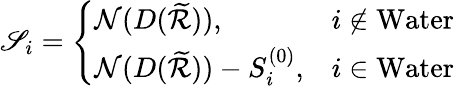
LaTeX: \mathscr{S}_{i}=\left\{ \begin{array}{ll}{\mathcal{N}(D(\widetilde{\mathcal{R}})),}&{i\notin\mathrm{Water}}\\ {\mathcal{N}(D(\widetilde{\mathcal{R}}))-S_{i}^{(0)},}&{i\in\mathrm{Water}}\end{array}\right.